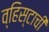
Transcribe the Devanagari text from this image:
व्हिस्टाची